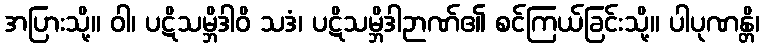
အပြားသို့။ ဝါ၊ ပဋိသမ္ဘိဒါဝိ သဒံ၊ ပဋိသမ္ဘိဒါဉာဏ်၏ စင်ကြယ်ခြင်းသို့။ ပါပုဏန္တိ၊